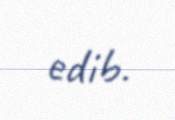
edib.